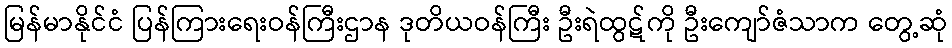
မြန်မာနိုင်ငံ ပြန်ကြားရေးဝန်ကြီးဌာန ဒုတိယဝန်ကြီး ဦးရဲထွဋ်ကို ဦးကျော်ဇံသာက တွေ့ဆုံ